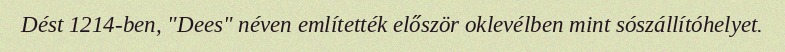
Dést 1214-ben, "Dees" néven említették először oklevélben mint sószállítóhelyet.